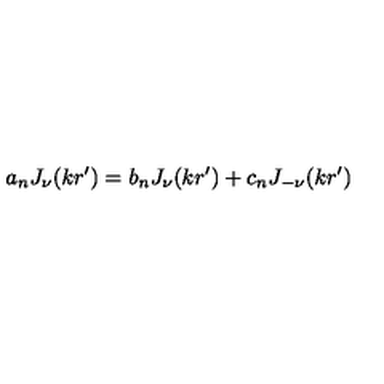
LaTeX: a _ { n } J _ { \nu } ( k r ^ { \prime } ) = b _ { n } J _ { \nu } ( k r ^ { \prime } ) + c _ { n } J _ { - \nu } ( k r ^ { \prime } )